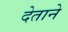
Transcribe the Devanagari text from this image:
देताने